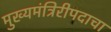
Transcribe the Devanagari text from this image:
मुख्यमंत्रिरीपदाचा